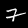
Digit: 7